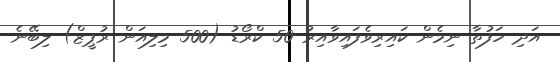
އަދި ހަފުތާ ނިމެން ކައިރިވެފައިވާއިރު 50 ކްރޯޑު (500 މިލިއަން ރުޕީޒް) ލިބޭނެ